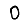
Digit: 0